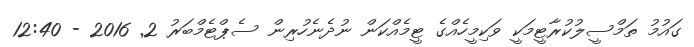
ގައުމު ތަމްސީލުކުރާޓީމަކީ ވަކިމީހެއްގެ ޓީމެއްކަން ނުދެނެހުރިން ސެޕްޓެމްބަރު 2